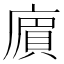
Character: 𢊟